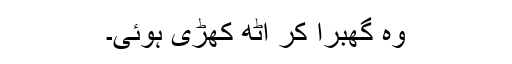
وہ گھبرا کر اٹھ کھڑی ہوئی۔